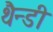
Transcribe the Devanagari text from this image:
थैन्डी